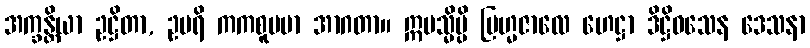
အက္ခန္တိယာ ဥဋ္ဌိတာ, ဥပရိ ကကစူပမာ အာဂတာ။ ဣမသ္မိမ္ပိ ဗြဟ္မဇာလေ ဟေဋ္ဌာ ဒိဋ္ဌိဝသေန ဒေသနာ